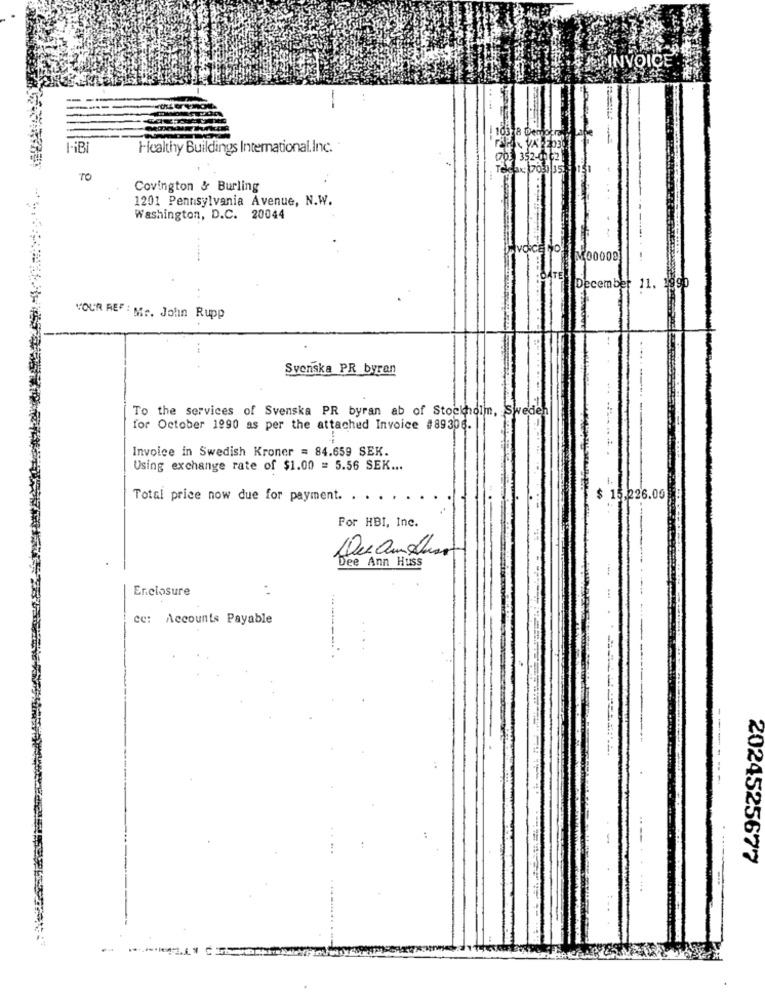
INVOICE
Healthy Buildings International,Inc.
TO
Covington & Burling
1201 Pennsylvania Avenue, N.W.
Washington, D.C. 20044
00009
December 11. 2990
YOUR REF : Mr. John Rupp
Svenska PR byran
To the services of Svenska PR byran ab of Stockholm, Sweden
for October 1990 as per the attached Invoice #89306.
Invoice in Swedish Kroner = 84.659 SEK.
Using exchange rate of $1.00 = 5.56 SEK ...
Total price now due for payment. . .
$ 15.226.00
Por HBI, Inc.
Duamahina
Dee Ann Huss
Enclosure
. .
cc: Accounts Payable
--
2024525677